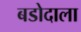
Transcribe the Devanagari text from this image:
बडोदाला